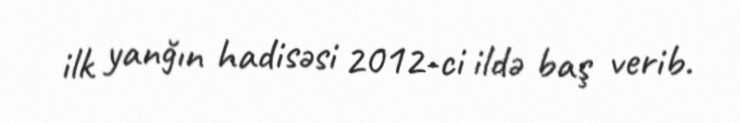
ilk yanğın hadisəsi 2012-ci ildə baş verib.